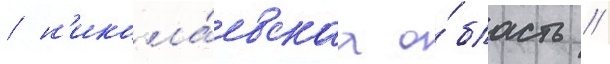
/ н'икола́евскаа о́бласть /